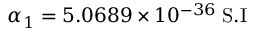
\alpha _ { 1 } = 5 . 0 6 8 9 \times 1 0 ^ { - 3 6 } \; \mathrm { S . I }